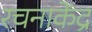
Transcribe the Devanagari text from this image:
रचनाकेंद्र